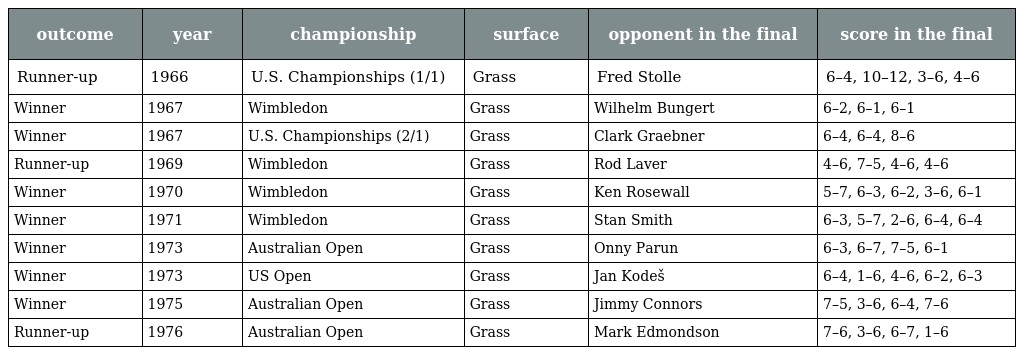
| outcome | year | championship | surface | opponent in the final | score in the final |
 | --- | --- | --- | --- | --- | --- |
 | Runner-up | 1966 | U.S. Championships (1/1) | Grass | Fred Stolle | 6–4, 10–12, 3–6, 4–6 |
 | Winner | 1967 | Wimbledon | Grass | Wilhelm Bungert | 6–2, 6–1, 6–1 |
 | Winner | 1967 | U.S. Championships (2/1) | Grass | Clark Graebner | 6–4, 6–4, 8–6 |
 | Runner-up | 1969 | Wimbledon | Grass | Rod Laver | 4–6, 7–5, 4–6, 4–6 |
 | Winner | 1970 | Wimbledon | Grass | Ken Rosewall | 5–7, 6–3, 6–2, 3–6, 6–1 |
 | Winner | 1971 | Wimbledon | Grass | Stan Smith | 6–3, 5–7, 2–6, 6–4, 6–4 |
 | Winner | 1973 | Australian Open | Grass | Onny Parun | 6–3, 6–7, 7–5, 6–1 |
 | Winner | 1973 | US Open | Grass | Jan Kodeš | 6–4, 1–6, 4–6, 6–2, 6–3 |
 | Winner | 1975 | Australian Open | Grass | Jimmy Connors | 7–5, 3–6, 6–4, 7–6 |
 | Runner-up | 1976 | Australian Open | Grass | Mark Edmondson | 7–6, 3–6, 6–7, 1–6 |